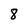
Character: 8